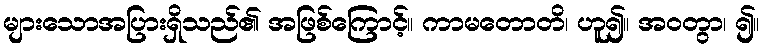
များသောအပြားရှိသည်၏ အဖြစ်ကြောင့်။ ကာမတောတိ၊ ဟူ၍။ အဝတွာ၊ ၍။